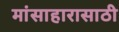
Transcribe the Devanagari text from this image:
मांसाहारासाठी